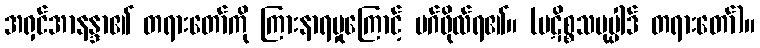
အရှင်အာနန္ဒာ၏ တရားတော်ကို ကြားနာရမှုကြောင့် မဂ်ဖိုလ်ရ၏။ (ပဋိစ္စသမုပ္ပါဒ် တရားတော်)။